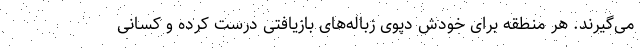
می‌گیرند. هر منطقه برای خودش دپوی زباله‌های بازیافتی درست کرده و کسانی